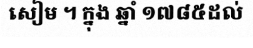
សៀម ។ ក្នុង ឆ្នាំ ១៧៨៥ដល់